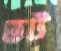
ভট